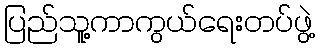
ပြည်သူ့ကာကွယ်ရေးတပ်ဖွဲ့